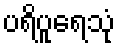
ပရိပူရေသုံ